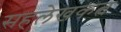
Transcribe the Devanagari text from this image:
सहलेखकत्व